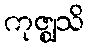
ကုဇ္ဈသိ